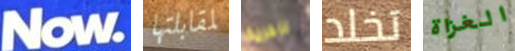
Now لمقابلتها للحرية تخلد الغزاة